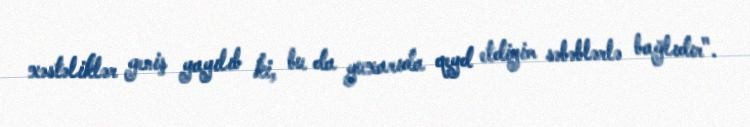
xəstəliklər geniş yayılıb ki, bu da yuxarıda qeyd etdiyim səbəblərlə bağlıdır".